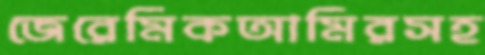
জেরেমিকআমিরসহ